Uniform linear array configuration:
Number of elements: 32
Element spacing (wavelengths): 0.5
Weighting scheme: blackman
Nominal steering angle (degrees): -60
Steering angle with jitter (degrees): -61.865
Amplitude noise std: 0.05
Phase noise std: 0.05

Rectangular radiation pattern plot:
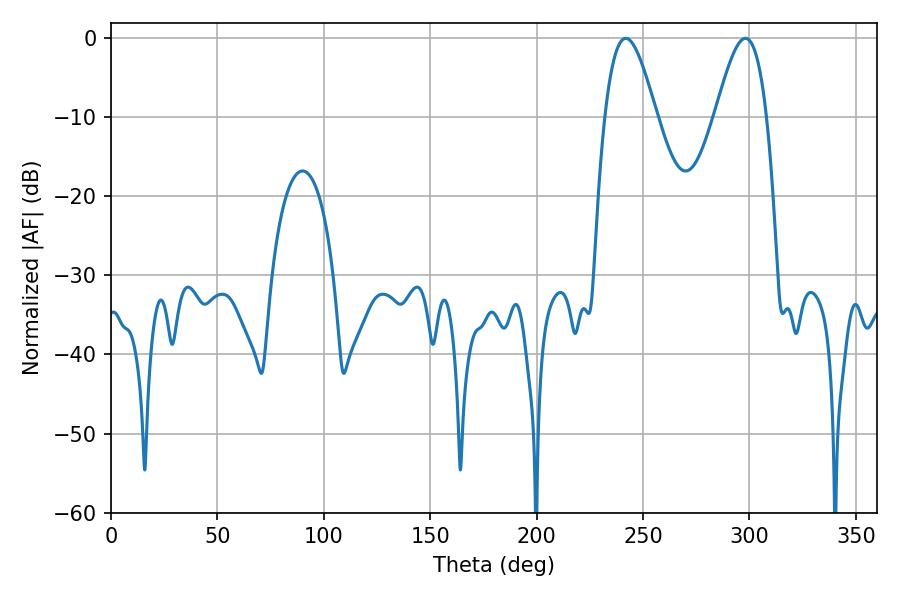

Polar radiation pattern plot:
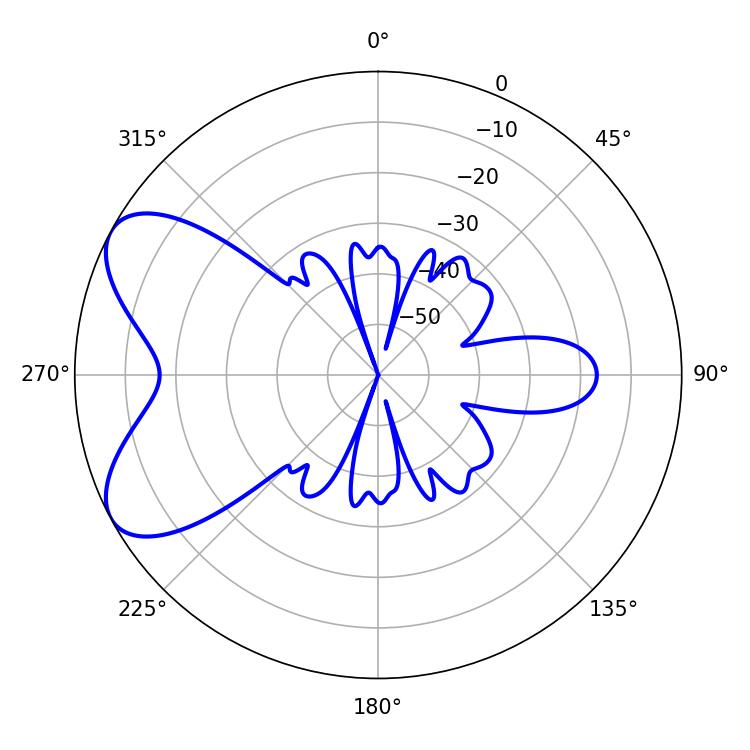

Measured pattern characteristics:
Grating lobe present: FALSE
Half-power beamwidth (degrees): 12.96
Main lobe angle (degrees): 241.92